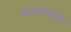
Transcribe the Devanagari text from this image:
आकारण्यास